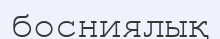
босниялық